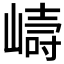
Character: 𭗇